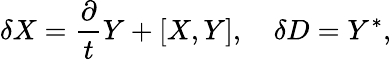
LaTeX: \delta X=\frac{\partial}{t}Y+[X,Y],\quad\delta D=Y^{*},